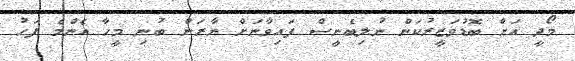
މޯދީ އަށް ބޮޑުވަޒީރުކަން ނުލިބެނީސް ފައިވާނަށް ނާރަން ބުނި މީހާ އެންމެ ފަހު